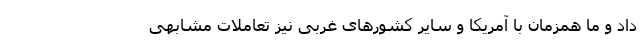
داد و ما همزمان با آمریکا و سایر کشورهای غربی نیز تعاملات مشابهی